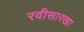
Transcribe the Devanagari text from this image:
रवीसारखा